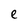
Character: e